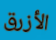
الأزرق